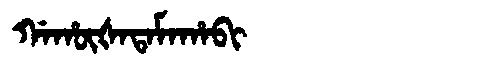
Manchu: ᡤᠠᡥᡡᡧᠠᡨᠠᠮᠠᡥᠠᠪᡳ
Romanization: GAHŪŠATAMAHABI